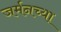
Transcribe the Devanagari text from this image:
जर्मनच्या